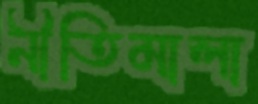
নীতিমালা